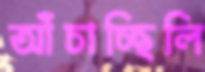
আঁচাচ্ছিলি